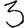
Digit: 3